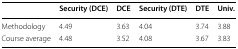
<table><thead><tr><td></td><td><b>Security (DCE)</b></td><td><b>DCE</b></td><td><b>Security (DTE)</b></td><td><b>DTE</b></td><td><b>Univ.</b></td></tr></thead><tbody><tr><td>Methodology</td><td>4.49</td><td>3.63</td><td>4.04</td><td>3.74</td><td>3.88</td></tr><tr><td>Course average</td><td>4.48</td><td>3.52</td><td>4.08</td><td>3.67</td><td>3.83</td></tr></tbody></table>